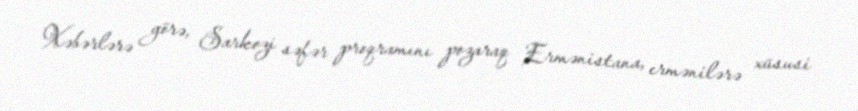
Xəbərlərə görə, Sarkozi səfər proqramını pozaraq Ermənistana, ermənilərə xüsusi